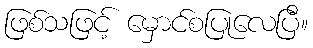
ဖြစ်သဖြင့် မှောင်စပြုလေပြီ။